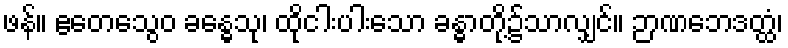
ဖန်။ ဧတေသွေဝ ခန္ဓေသု၊ ထိုငါးပါးသော ခန္ဓာတို့၌သာလျှင်။ ဉာဏဘေဒတ္ထံ၊